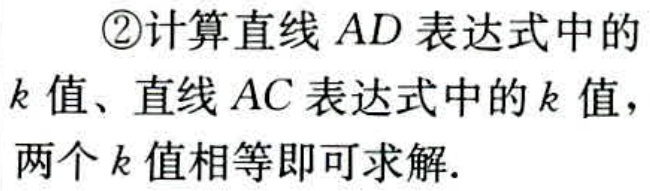
\textcircled{2}计算直线 \(AD\) 表达式中的
\(k\) 值、直线 \(AC\) 表达式中的 \(k\) 值，
两个 \(k\) 值相等即可求解.